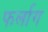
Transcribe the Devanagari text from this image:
फर्लाग